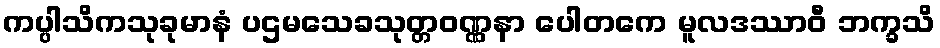
ကပ္ပါသိကသုခုမာနံ ပဌမသေခသုတ္တဝဏ္ဏနာ ပေါတကေ မူလဒဿာဝီ ဘက္ခသိ